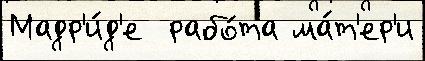
Мадр'и́д'е  рабо́та ма́т'ер'и